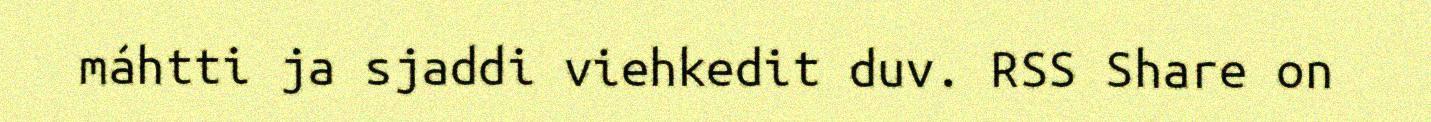
máhtti ja sjaddi viehkedit duv. RSS Share on